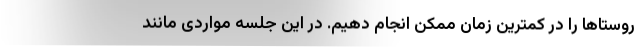
روستاها را در کمترین زمان ممکن انجام دهیم. در این جلسه مواردی مانند